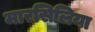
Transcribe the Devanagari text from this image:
मारसिलिया